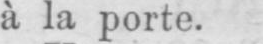
à la porte.